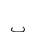
Letter: _ba